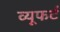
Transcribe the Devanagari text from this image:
व्यूफर्ट